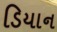
ડિયાન